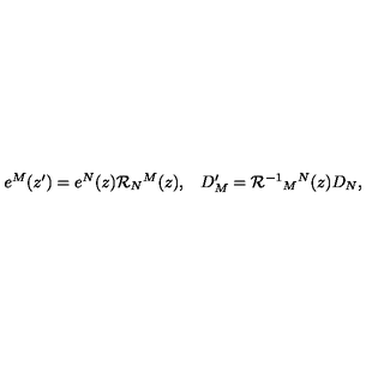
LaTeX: \begin{array} { c c } { e ^ { M } ( z ^ { \prime } ) = e ^ { N } ( z ) { \cal R } _ { N } { } ^ { M } ( z ) , } & { D _ { M } ^ { \prime } = { \cal R } ^ { - 1 } { } _ { M } { } ^ { N } ( z ) D _ { N } , } \\ \end{array}